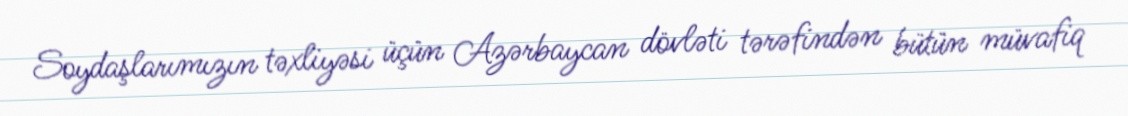
Soydaşlarımızın təxliyəsi üçün Azərbaycan dövləti tərəfindən bütün müvafiq